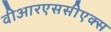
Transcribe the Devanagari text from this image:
वीआरएससीएक्स